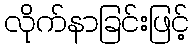
လိုက်နာခြင်းဖြင့်